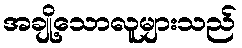
အချို့သောလူများသည်